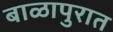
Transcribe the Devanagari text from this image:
बाळापुरात